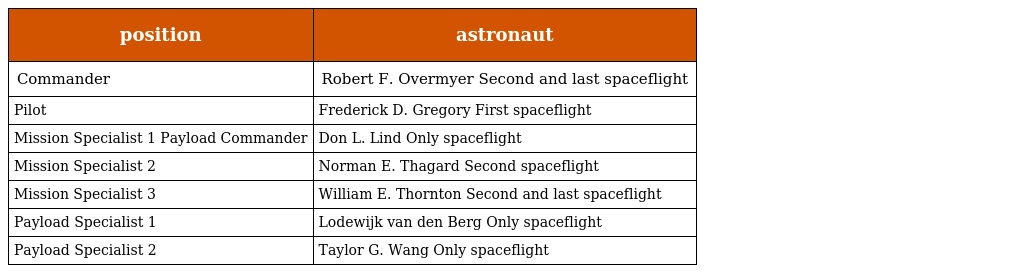
| position | astronaut |
 | --- | --- |
 | Commander | Robert F. Overmyer Second and last spaceflight |
 | Pilot | Frederick D. Gregory First spaceflight |
 | Mission Specialist 1 Payload Commander | Don L. Lind Only spaceflight |
 | Mission Specialist 2 | Norman E. Thagard Second spaceflight |
 | Mission Specialist 3 | William E. Thornton Second and last spaceflight |
 | Payload Specialist 1 | Lodewijk van den Berg Only spaceflight |
 | Payload Specialist 2 | Taylor G. Wang Only spaceflight |